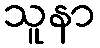
သူနာ